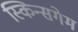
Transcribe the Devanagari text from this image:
स्किन्सगेम